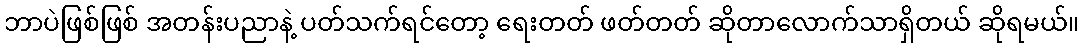
ဘာပဲဖြစ်ဖြစ် အတန်းပညာနဲ့ ပတ်သက်ရင်တော့ ရေးတတ် ဖတ်တတ် ဆိုတာလောက်သာရှိတယ် ဆိုရမယ်။